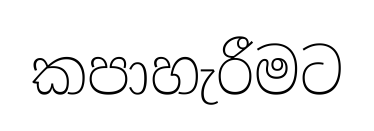
කපාහැරීමට